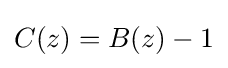
C(z)=B(z)-1